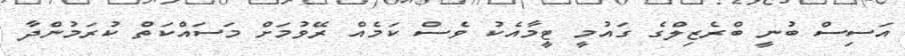
އަސިސް ބުނީ ބްރެޒިލްގެ ގައުމީ ޓީމާއެކު ވެސް ކަމެއް ރޭވުމަށް މަސައްކަތް ކުރަމުންދާ